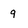
Character: q